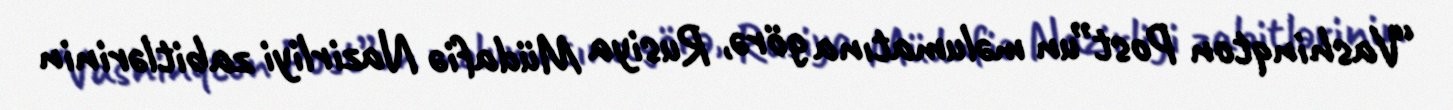
“Vashinqton Post”un məlumatına görə, Rusiya Müdafiə Nazirliyi zabitlərinin